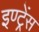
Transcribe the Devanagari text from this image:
इण्ट्रेंस